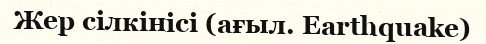
Жер сілкінісі (ағыл. Earthquake)